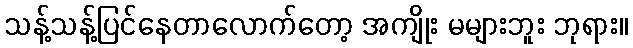
သန့်သန့်ပြင်နေတာလောက်တော့ အကျိုး မများဘူး ဘုရား။